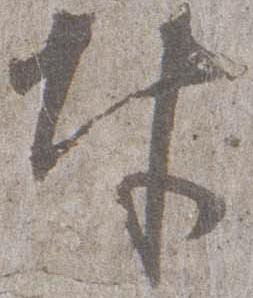
奉